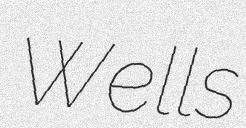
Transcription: Wells